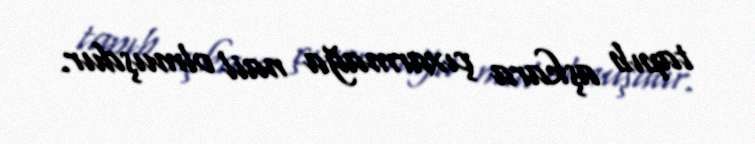
tapıb aşkara çıxarmağa nail olmuşdur.